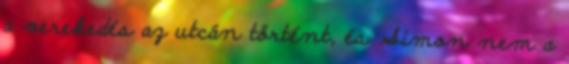
a verekedés az utcán történt, és Simon nem a